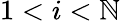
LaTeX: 1<i<\mathbb{N}